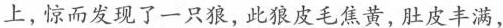
上，惊而发现了一只狼，此狼皮毛焦黄，肚皮丰满，